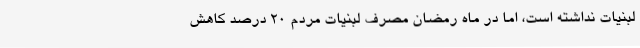
لبنیات نداشته است، اما در ماه رمضان مصرف لبنیات مردم 20 درصد کاهش